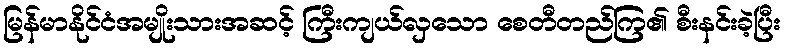
မြန်မာနိုင်ငံအမျိုးသားအဆင့် ကြီးကျယ်လှသော စေတီတည်ကြ၏ စီးနင်းခဲ့ပြီး